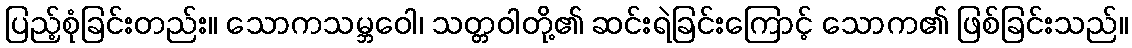
ပြည့်စုံခြင်းတည်း။ သောကသမ္ဘဝေါ၊ သတ္တဝါတို့၏ ဆင်းရဲခြင်းကြောင့် သောက၏ ဖြစ်ခြင်းသည်။